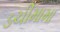
ડચીમામા